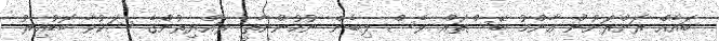
ބައެއް ރަށްރަށުން އާންމު ބޭސްތައް ވެސް ލިބެން ނުހުންނާތީ ރައްޔިތުންގެ ޝަކުވާ ބޮޑުއިރު